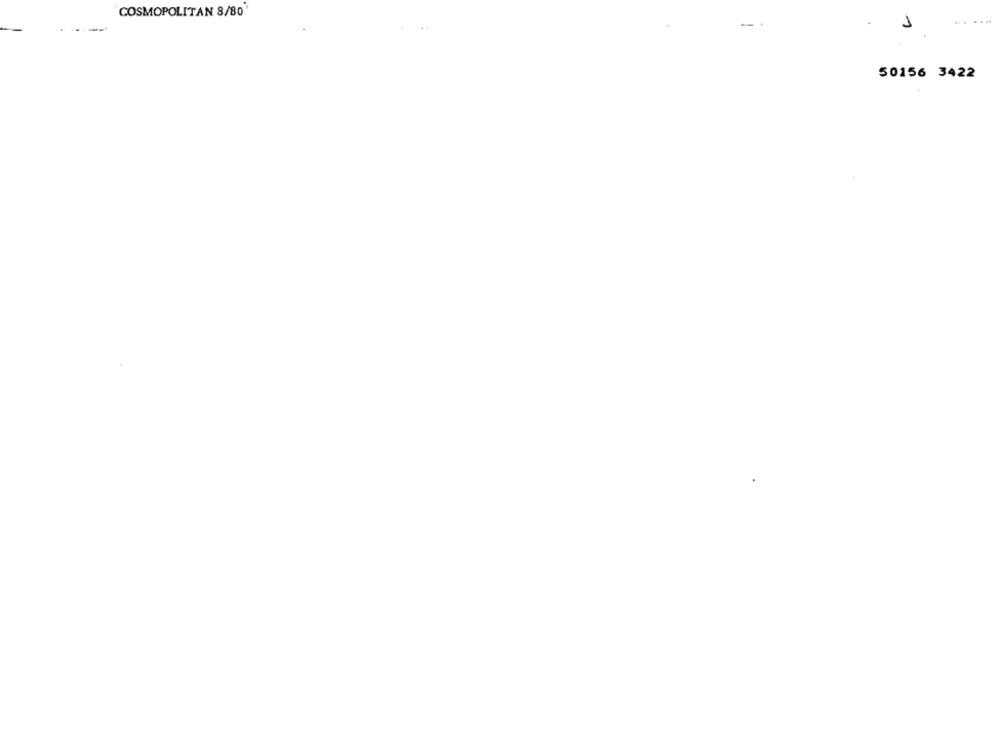
COSMOPOLITAN 8/80
-
.. .
+ at
1
50156 3422